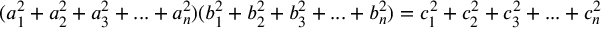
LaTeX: ( a _ { 1 } ^ { 2 } + a _ { 2 } ^ { 2 } + a _ { 3 } ^ { 2 } + . . . + a _ { n } ^ { 2 } ) ( b _ { 1 } ^ { 2 } + b _ { 2 } ^ { 2 } + b _ { 3 } ^ { 2 } + . . . + b _ { n } ^ { 2 } ) = c _ { 1 } ^ { 2 } + c _ { 2 } ^ { 2 } + c _ { 3 } ^ { 2 } + . . . + c _ { n } ^ { 2 }